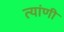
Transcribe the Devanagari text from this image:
त्यांणी